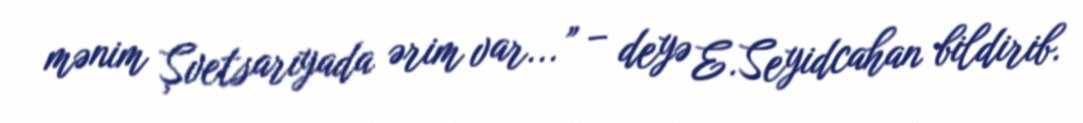
mənim Şvetsariyada ərim var...” – deyə E.Seyidcahan bildirib.